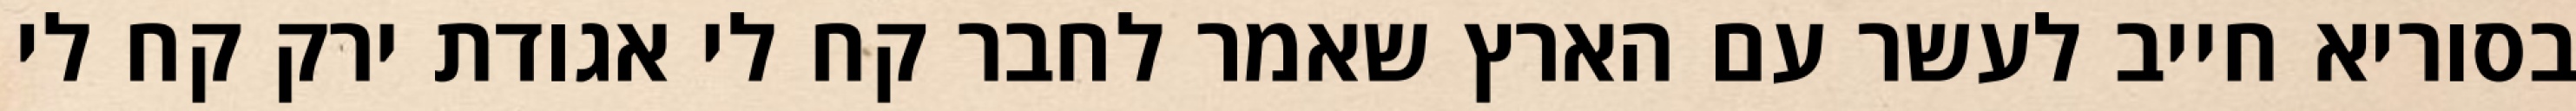
בסוריא חייב לעשר עם הארץ שאמר לחבר קח לי אגודת ירק קח לי